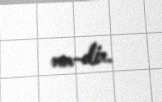
mm-dir.